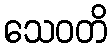
သေဝတိ